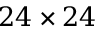
2 4 \times 2 4